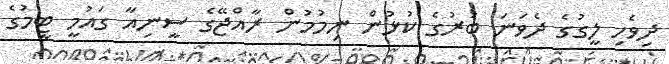
ދިވެހި ލީގުގެ ދެވަނަ ބުރުގެ ކުޅުން ނިމުމުން ރާއްޖޭގެ ސީނިއާ ގައުމީ ޓީމުގެ